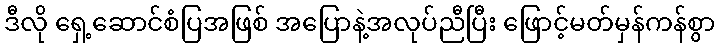
ဒီလို ရှေ့ဆောင်စံပြအဖြစ် အပြောနဲ့အလုပ်ညီပြီး ဖြောင့်မတ်မှန်ကန်စွာ